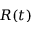
R ( t )